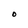
Character: O